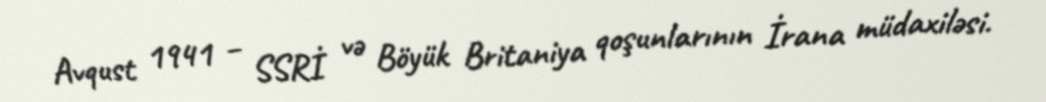
Avqust 1941 – SSRİ və Böyük Britaniya qoşunlarının İrana müdaxiləsi.